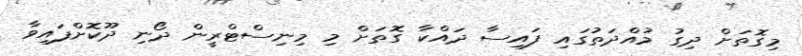
މިގޮތަށް ދިގު މުއްދަތުގައި ފައިސާ ދައްކާ ގޮތަށް މި މިނިސްޓްރީން ދޯނި ދޫކޮށްފައިވާ